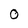
Character: 0